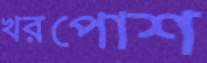
খরপোশ